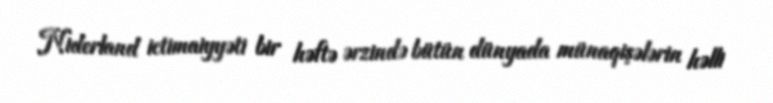
Niderland ictimaiyyəti bir həftə ərzində bütün dünyada münaqişələrin həlli